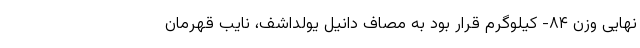
نهایی وزن ۸۴- کیلوگرم قرار بود به مصاف دانیل یولداشف، نایب قهرمان